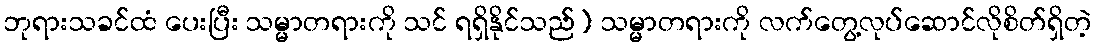
ဘုရားသခင်ထံ ပေးပြီး သမ္မာတရားကို သင် ရရှိနိုင်သည်) သမ္မာတရားကို လက်တွေ့လုပ်ဆောင်လိုစိတ်ရှိတဲ့